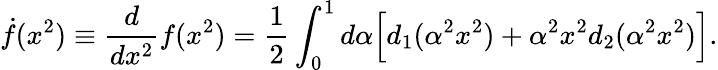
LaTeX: \dot{f}(x^{2})\equiv\frac{d}{dx^{2}}f(x^{2})=\frac{1}{2}\int_{0}^{1}d\alpha\Big[d_{1}(\alpha^{2}x^{2})+\alpha^{2}x^{2}d_{2}(\alpha^{2}x^{2})\Big].